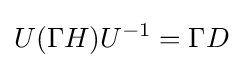
U(\Gamma H)U^{-1}=\Gamma D